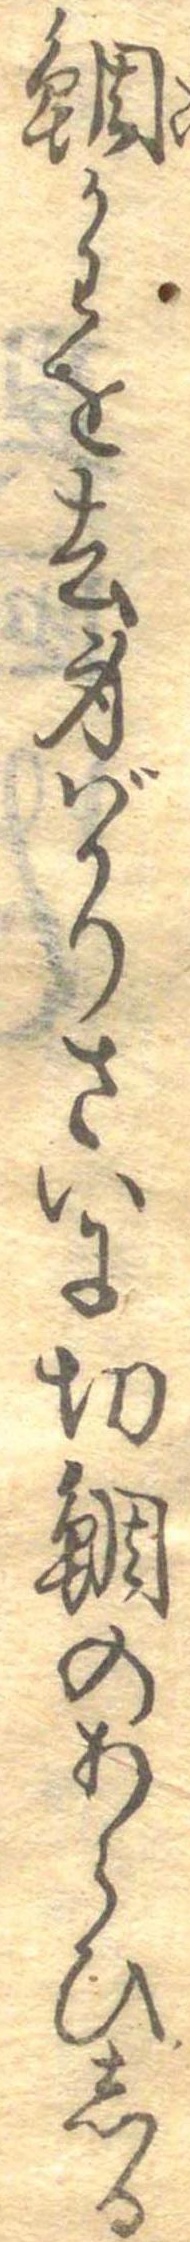
鯛かわを去身ばかりさいに切鯛のあらひしる